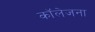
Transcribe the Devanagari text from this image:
कॉलेजना